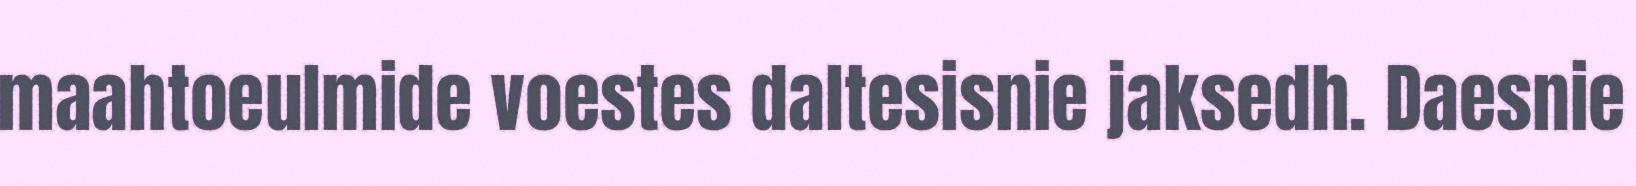
maahtoeulmide voestes daltesisnie jaksedh. Daesnie